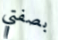
بصفتي